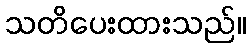
သတိပေးထားသည်။